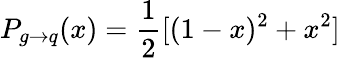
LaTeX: P_{g\to q}(x)=\frac{1}{2}[(1-x)^{2}+x^{2}]